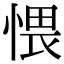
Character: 愄